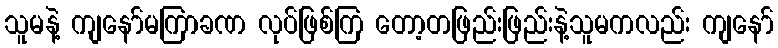
သူမနဲ့ ကျနော်မကြာခဏ လုပ်ဖြစ်ကြ တော့တဖြည်းဖြည်းနဲ့သူမကလည်း ကျနော်